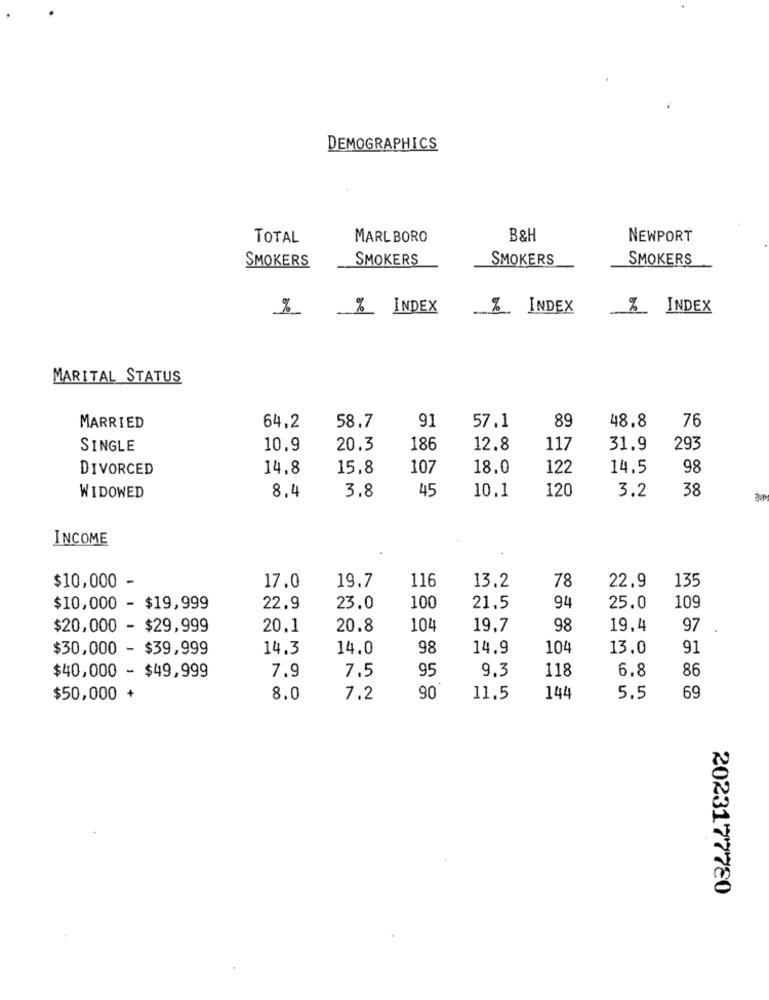
DEMOGRAPHICS
TOTAL
MARLBORO
B&H
NEWPORT
SMOKERS
SMOKERS
SMOKERS
SMOKERS
%
% INDEX
% INDEX
%_ INDEX
MARITAL STATUS
91
89
48.8
76
MARRIED
64,2
58.7
57.1
SINGLE
10.9
20.3
186
12.8
117
31.9
293
DIVORCED
14,8
15,8
107
18,0
122
14.5
98
8.4
45
10.1
120
3.2
38
WIDOWED
3.8
INCOME
116
13.2
78
22.9
135
$10,000 -
17.0
19.7
$10,000 - $19,999
22.9
23.0
100
21.5
94
25.0
109
$20,000 - $29,999
20.1
20.8
104
19,7
98
19,4
97
$30,000 - $39,999
14.3
14.0
98
14.9
104
13.0
91
$40,000 - $49,999
7.9
95
9.3
118
6.8
86
7.5
$50,000 +
8.0
7.2
90
11.5
144
5.5
69
2023177780